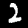
Digit: 2